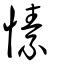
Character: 愫